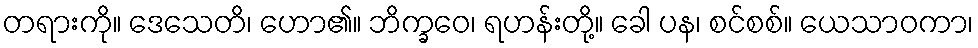
တရားကို။ ဒေသေတိ၊ ဟော၏။ ဘိက္ခဝေ၊ ရဟန်းတို့။ ခေါ ပန၊ စင်စစ်။ ယေသာဝကာ၊